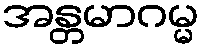
အန္တမာဂမ္မ